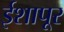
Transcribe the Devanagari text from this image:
ईशापूर